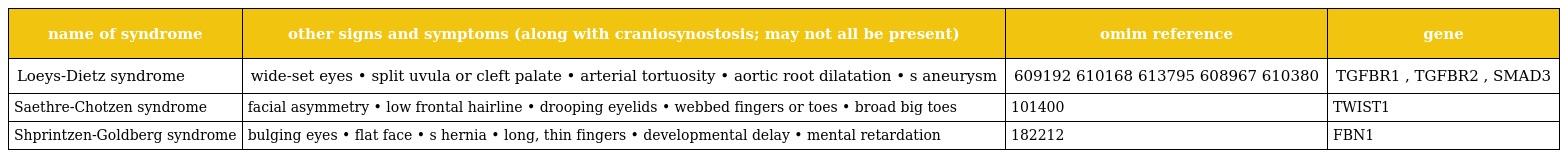
| name of syndrome | other signs and symptoms (along with craniosynostosis; may not all be present) | omim reference | gene |
 | --- | --- | --- | --- |
 | Loeys-Dietz syndrome | wide-set eyes • split uvula or cleft palate • arterial tortuosity • aortic root dilatation • s aneurysm | 609192 610168 613795 608967 610380 | TGFBR1 , TGFBR2 , SMAD3 |
 | Saethre-Chotzen syndrome | facial asymmetry • low frontal hairline • drooping eyelids • webbed fingers or toes • broad big toes | 101400 | TWIST1 |
 | Shprintzen-Goldberg syndrome | bulging eyes • flat face • s hernia • long, thin fingers • developmental delay • mental retardation | 182212 | FBN1 |